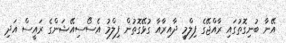
އޭނާ ބުނިގޮތުގައި ރާއްޖޭގެ ފިލްމީ ދާއިރާއާ ގުޅޭގޮތުން ފިލްމު އެސޯސިއޭޝަންގެ ރައީސް އަދި